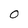
Character: 0